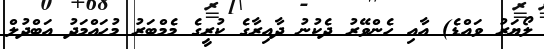
ލޯޔަރު ވައްޑެ) އާއި ހެންވޭރު ދެކުނު ދާއިރާގެ ކުރީގެ މެމްބަރު މުހައްމަދު އަބްދުލް